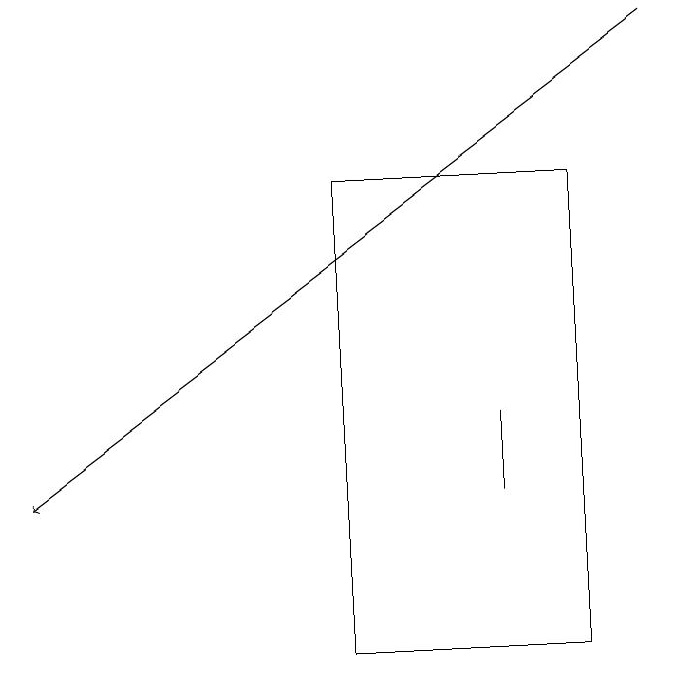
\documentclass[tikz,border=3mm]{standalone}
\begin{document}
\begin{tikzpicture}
\draw (6,13) rectangle (6,14);
\draw (4,17) rectangle (7,11);
\draw[->] (8,19) -- (0,13);
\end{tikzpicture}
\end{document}